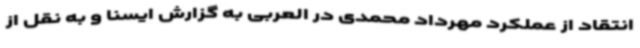
انتقاد از عملکرد مهرداد محمدی در العربی به گزارش ایسنا و به نقل از